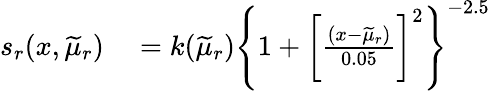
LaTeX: \begin{array}{rl}{s_{r}(x,\widetilde{\mu}_{r})}&{{}=k(\widetilde{\mu}_{r})\Biggl\{ 1+\biggl[\frac{(x-\widetilde{\mu}_{r})}{0.05}\biggl]^{2}\Biggl\} ^{-2.5}}\end{array}